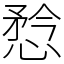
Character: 㥤